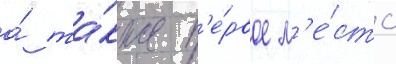
а́ та́кже п'е́рвое м'е́сто